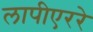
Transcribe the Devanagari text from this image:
लापीएररे